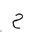
Letter: _ha